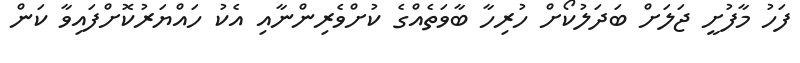
ފަހު މާފުށީ ޖަލަށް ބަދަލުކޯށް ހުރިހާ ބާވަތެއްގެ ކުށްވެރިންނާއި އެކު ހައްޔަރުކޮށްފައިވާ ކަން